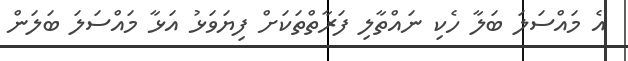
އެ މައްސަލަ ބަލާ ހެކި ނައްތާލި ފަރާތްތަކަށް ފިޔަވަޅު އަޅާ މައްސަލަ ބަލަން